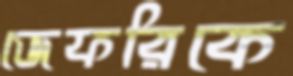
জেফরিকে